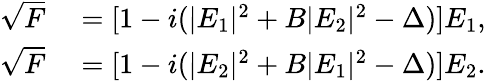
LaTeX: \begin{array}{rl}{\sqrt{F}}&{{}=[1-i(|E_{1}|^{2}+B|E_{2}|^{2}-\Delta)]E_{1},}\\ {\sqrt{F}}&{{}=[1-i(|E_{2}|^{2}+B|E_{1}|^{2}-\Delta)]E_{2}.}\end{array}